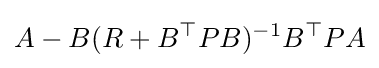
A-B(R+B^{\top }PB)^{-1}B^{\top }PA